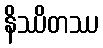
နိဿိတဿ